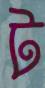
ট